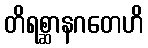
တိရစ္ဆာနဂတေဟိ